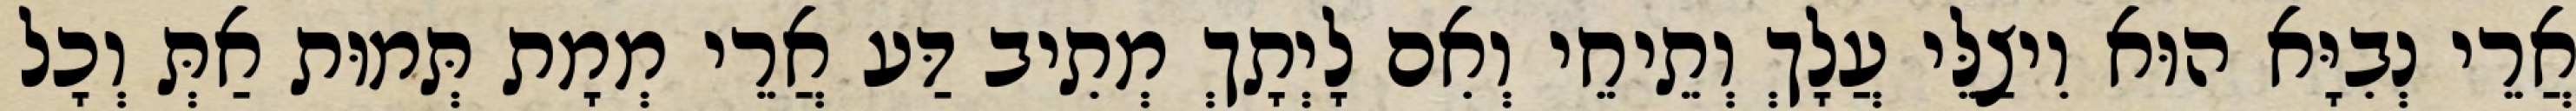
אֲרֵי נְבִיָּא הוּא וִיצַלֵּי עֲלָךְ וְתֵיחֵי וְאִם לָיְתָךְ מְתִיב דַּע אֲרֵי מְמָת תְּמוּת אַתְּ וְכָל